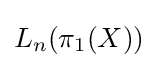
L_{n}(\pi _{1}(X))